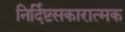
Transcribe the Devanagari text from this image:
निर्दिष्टसकारात्मक